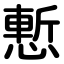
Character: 慙